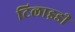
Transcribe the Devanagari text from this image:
टिलाइडी